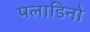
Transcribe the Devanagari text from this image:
पलाडिनो